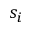
s _ { i }